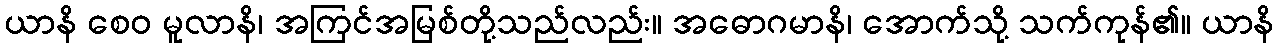
ယာနိ စေဝ မူလာနိ၊ အကြင်အမြစ်တို့သည်လည်း။ အဓောဂမာနိ၊ အောက်သို့ သက်ကုန်၏။ ယာနိ